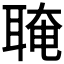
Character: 𦖈